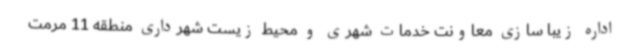
اداره زیبا سازی معاونت خدمات شهری و محیط زیست شهرداری منطقه 11 مرمت